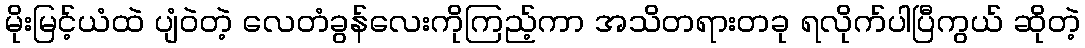
မိုးမြင့်ယံထဲ ပျံဝဲတဲ့ လေတံခွန်လေးကိုကြည့်ကာ အသိတရားတခု ရလိုက်ပါပြီကွယ် ဆိုတဲ့